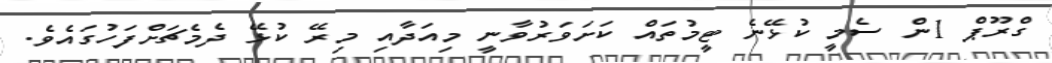
ގްރޫޕް 1ން ސެމީ ކުޅޭނެ ޓީމުތައް ކަށަވަރުވާނީ މިއަދާއި މިރޭ ކުޅޭ ދެމެޗަށްފަހުގައެވެ.